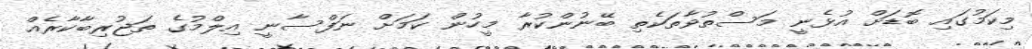
މިކަމުގައި ބޮޑަށް އުޅެނީ މަސްތުވާތަކެތި ބޭނުންކުރާ މީހުން ކަމަށް ނަފްސާނީ އިލްމުގެ ތަޖުރިބާކާރެއް